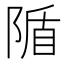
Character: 𨺠